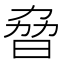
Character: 𣆕